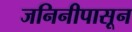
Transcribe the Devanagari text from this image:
जनिनीपासून